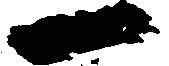
一